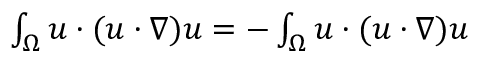
\begin{array} { r } { \int _ { \Omega } u \cdot ( u \cdot \nabla ) u = - \int _ { \Omega } u \cdot ( u \cdot \nabla ) u } \end{array}